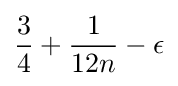
{\frac {3}{4}}+{\frac {1}{12n}}-\epsilon